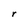
Character: r